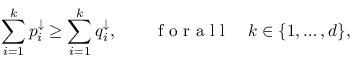
\sum _ { i = 1 } ^ { k } p _ { i } ^ { \downarrow } \geq \sum _ { i = 1 } ^ { k } q _ { i } ^ { \downarrow } , \qquad \mathrm { ~ f ~ o ~ r ~ a ~ l ~ l ~ } \quad k \in \{ 1 , \ldots , d \} ,